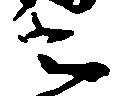
云